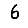
Digit: 6